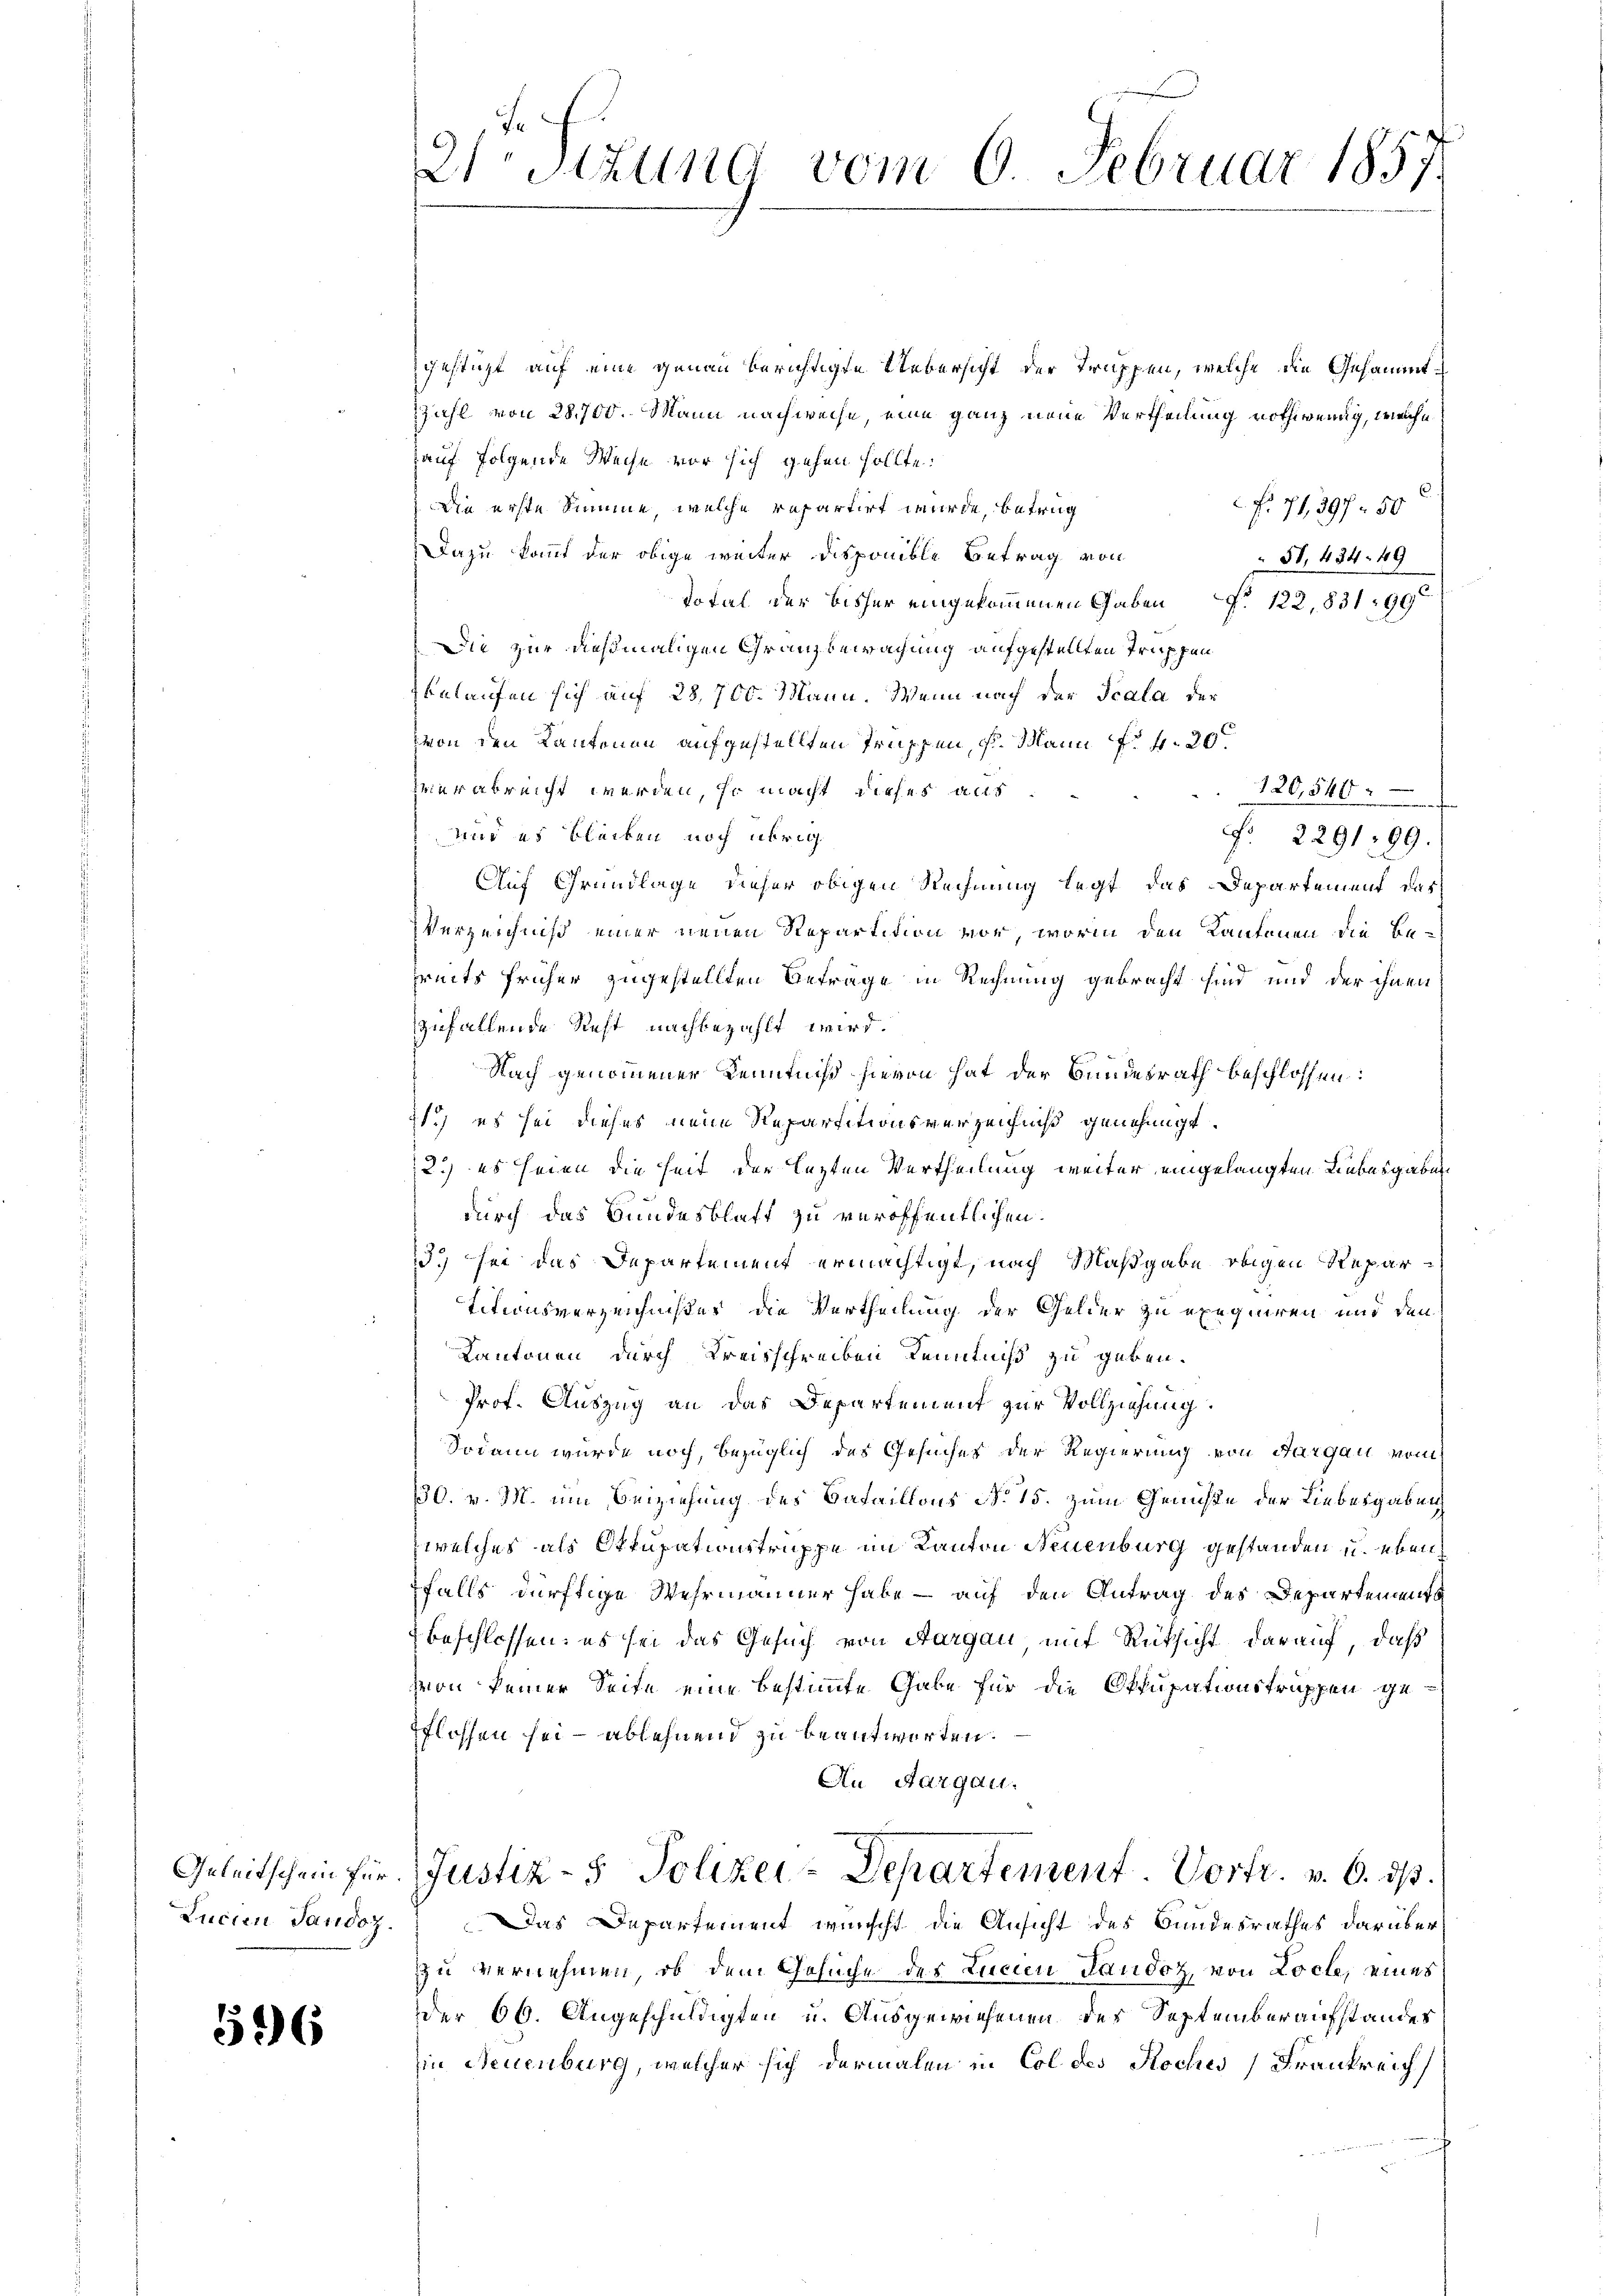
Zucien Tandoz.

596

21Stzung vom 6. Februar 1857.

gestüzt auf eine genau berichtigte Uebersicht der Truppen, welche die Gesammt¬
Zahl von 28,700. Mann nachweise, eine ganz neue Vertheilung nothwendig, welche
auf folgende Weise vor sich gehen sollte.
Die erste Summe, welche repartirt wurde, betrug
f. 71, 397. 50
Dazu kommt der obige weiter Disponible Betrag von
31, 434. 49
Total der bisher eingekommenen Gaben § 122, 83199
Die zur dießmaligen Granzbewachung aufgestellten Truppen
eelaufen sich auf 23,700. Mann. Wenn nach der Scala der
von den Kantonen aufgestellten Truppen, s. Mann für d
zier abreicht werden, so macht dieses aus
120,540
und es bleiben noch übrig
 229199.
Auf Grundlage dieser obigen Rechnung legt das Departement das
Verzeichniß einer neuen Repartition vor, worinn den Kantonen die Behreits früher zugestellten Beträge in Rechnung gebracht sind und der ihnen
zufallende Recht nachbezahlt wird.
Nach genommener Kenntniß hievon hat der Bundesrath beschlossen:
21.) es sei dieses neue Repartitionsverzeichniß genehmigt.
2.) es seien die heit der lezten Vertheilung weiter eingelangten Liebesgaben
durch das Bundesklaft zu veröffentlichen
13.) sei das Departement ermächtigt, nach Maßgabe obigen Repartitionsverzeichnister die Vertheilung der Gelder zu exequiren und den
Kantonen durch Kreisschreiben Kenntniß zu geben.
Prof. Auszug an das Departement zur Vollziehung.
Sodann wurde noch, bezüglich des Gesuches der Regierung von Aargau vom
30. v. M. um Beiziehung des Bataillons No 15. zum Genüße der Liebesgaben
zwelches als Ottupationstruppe im Kanton Neuenburg gestanden u. eben
falls dürftige Wehrmänner habe – auf den Antrag des Departements
beschlossen: es sei das Gesuch von Aargau mit Rücksicht darauf, daß
von keiner Seite eine bestimmte Gabe für die Okkupationstruppen geflossen sei - ablehnend zu beantworten.
An Aargau.
Geleitschein für Justiz- & Polizei-Departement. Vortr. v. 6. ds.
Das Departement wünscht die Ansicht des Bundesrathes darüber
zu vernehmen, ob dem Gesuche des Lucien Tandoz, von Loche, eines
Der 66. Angeschuldigten u. Ausgewiesenen des Septemberaufstandes
in Neuenburg, welcher sich dermalen in Col des Koches Frankreich